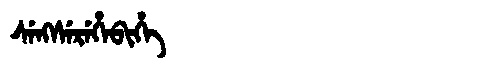
Manchu: ᠰᡝᠩᠰᡝᡵᡝᡥᡝᠪᡳᡥᡝ
Romanization: SENGSEREHEBIHE